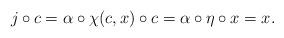
LaTeX: \begin{align*}j\circ c = \alpha\circ\chi(c,x)\circ c = \alpha\circ\eta \circ x = x.\end{align*}